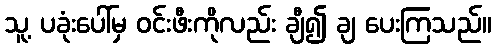
သူ့ ပခုံးပေါ်မှ ဝင်းဖီးကိုလည်း ချီ၍ ချ ပေးကြသည်။